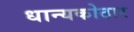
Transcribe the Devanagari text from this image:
धान्यकोठार